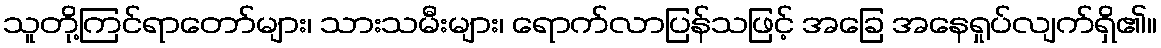
သူတို့ကြင်ရာတော်များ၊ သားသမီးများ၊ ရောက်လာပြန်သဖြင့် အခြေ အနေရှုပ်လျက်ရှိ၏။